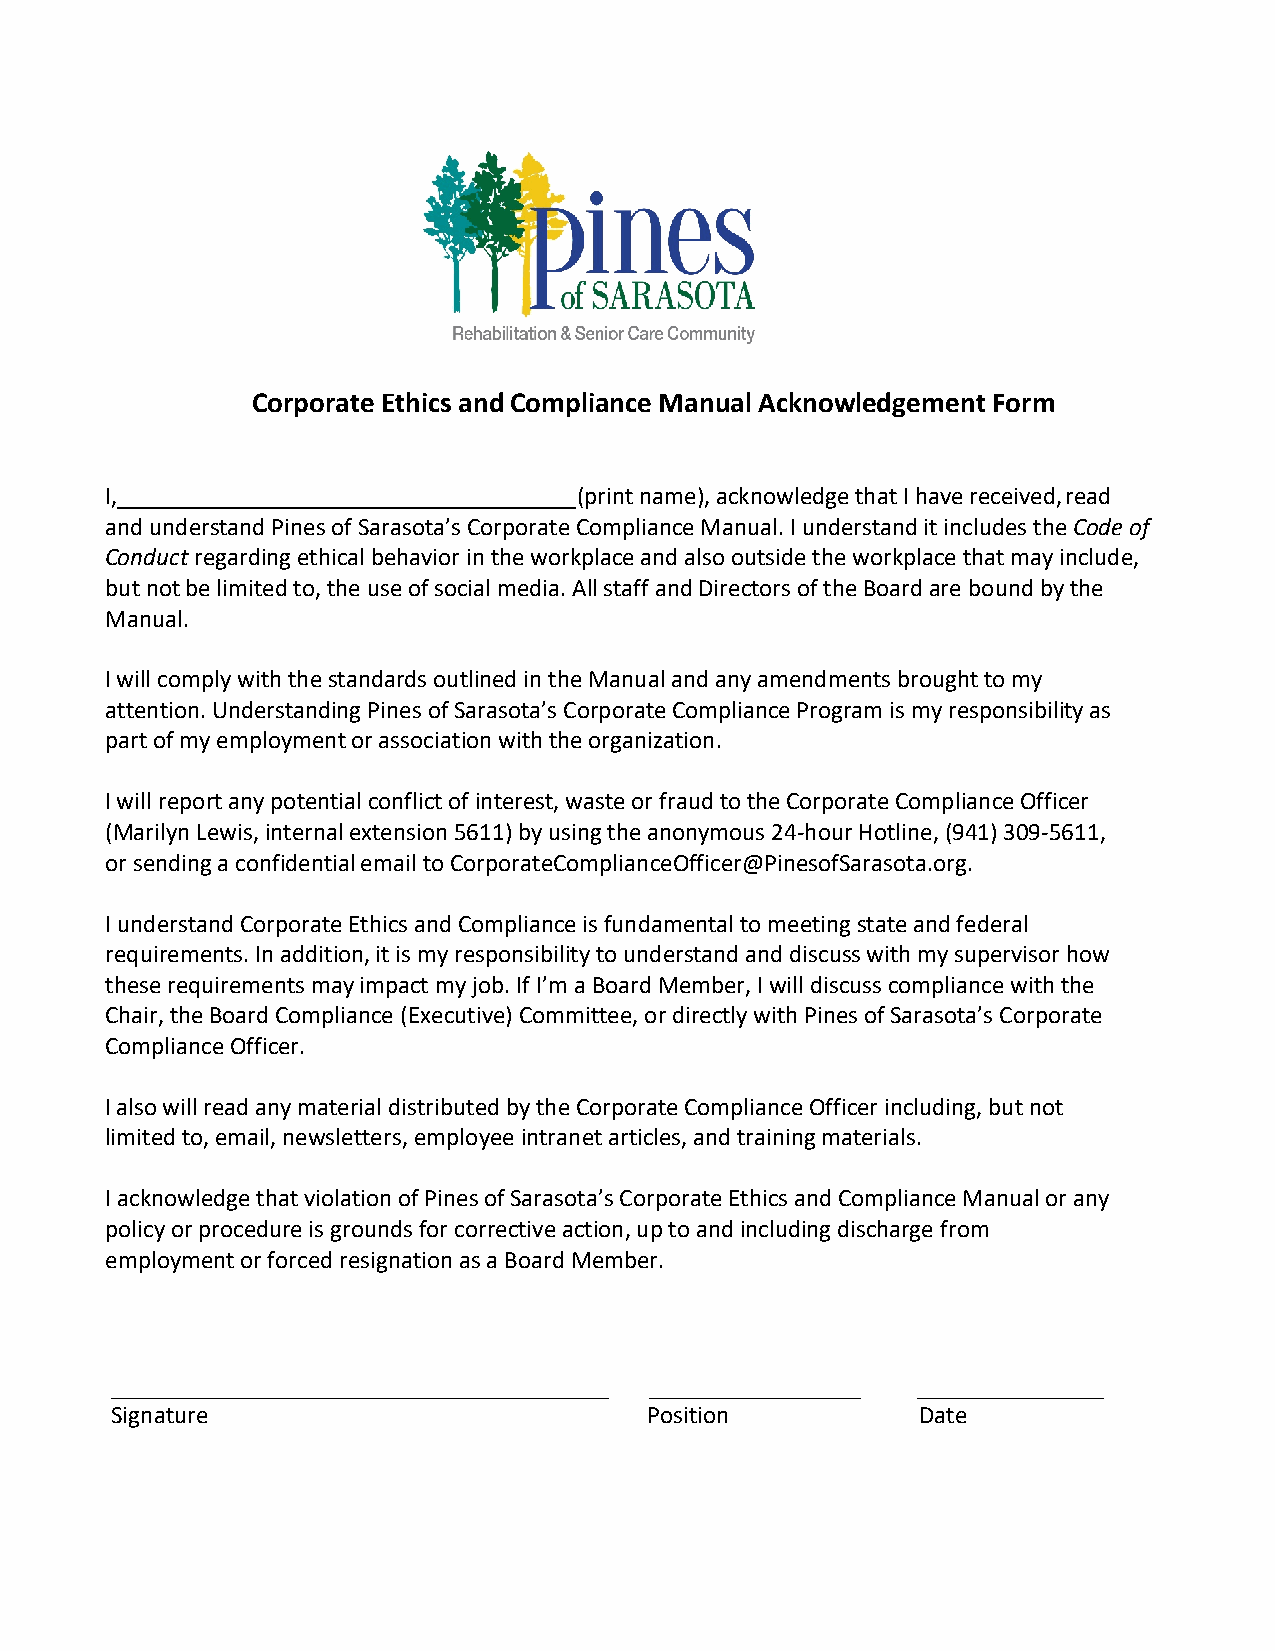
Corporate Ethics and Compliance Manual Acknowledgement Form
 I,                             (print name), acknowledge that I have received, read
 and understand Pines of Sarasota’s Corporate Compliance Manual. I understand it includes the Code of
 Conduct regarding ethical behavior in the workplace and also outside the workplace that may include,
 but not be limited to, the use of social media. All staff and Directors of the Board are bound by the
 Manual.
 I will comply with the standards outlined in the Manual and any amendments brought to my
 attention. Understanding Pines of Sarasota’s Corporate Compliance Program is my responsibility as
 part of my employment or association with the organization.
 I will report any potential conflict of interest, waste or fraud to the Corporate Compliance Officer
 (Marilyn Lewis, internal extension 5611) by using the anonymous 24-hour Hotline, (941) 309-5611,
 or sending a confidential email to CorporateComplianceOfficer@PinesofSarasota.org.
 I understand Corporate Ethics and Compliance is fundamental to meeting state and federal
 requirements. In addition, it is my responsibility to understand and discuss with my supervisor how
 these requirements may impact my job. If I’m a Board Member, I will discuss compliance with the
 Chair, the Board Compliance (Executive) Committee, or directly with Pines of Sarasota’s Corporate
 Compliance Officer.
 I also will read any material distributed by the Corporate Compliance Officer including, but not
 limited to, email, newsletters, employee intranet articles, and training materials.
 I acknowledge that violation of Pines of Sarasota’s Corporate Ethics and Compliance Manual or any
 policy or procedure is grounds for corrective action, up to and including discharge from
 employment or forced resignation as a Board Member.
 Signature                           Position          Date